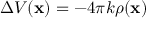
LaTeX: \Delta V ( \mathbf { x } ) = - 4 \pi k \rho ( \mathbf { x } )